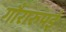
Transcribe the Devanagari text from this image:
गौरारुपई